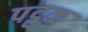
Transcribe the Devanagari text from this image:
पट्टक